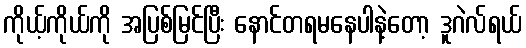
ကိုယ့်ကိုယ်ကို အပြစ်မြင်ပြီး နောင်တရမနေပါနဲ့တော့ ဒူဂဲလ်ရယ်